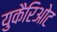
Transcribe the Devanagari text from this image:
युकैरिओट